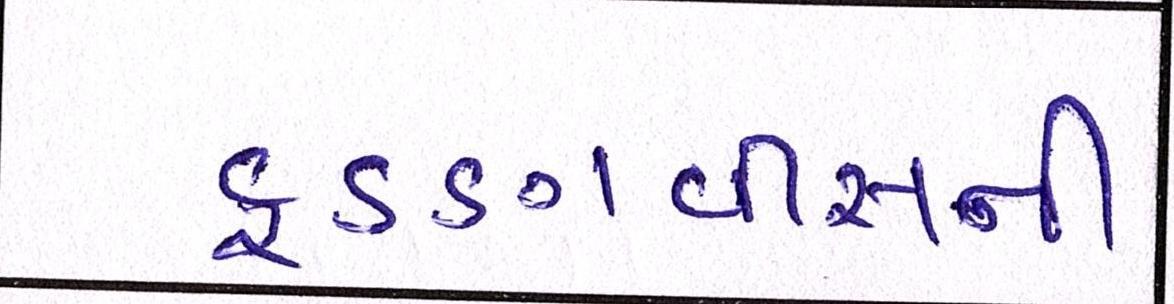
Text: ફડણવીસની